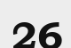
26